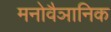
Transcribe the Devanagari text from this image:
मनोवैञानिक